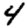
Digit: 4